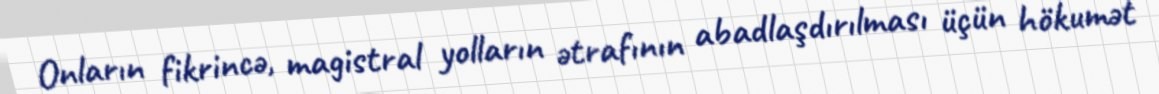
Onların fikrincə, magistral yolların ətrafının abadlaşdırılması üçün hökumət